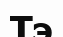
Тэ